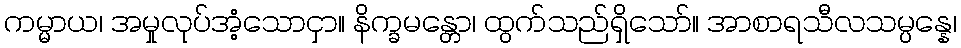
ကမ္မာယ၊ အမှုလုပ်အံ့သောငှာ။ နိက္ခမန္တော၊ ထွက်သည်ရှိသော်။ အာစာရသီလသမ္ပန္နေ၊